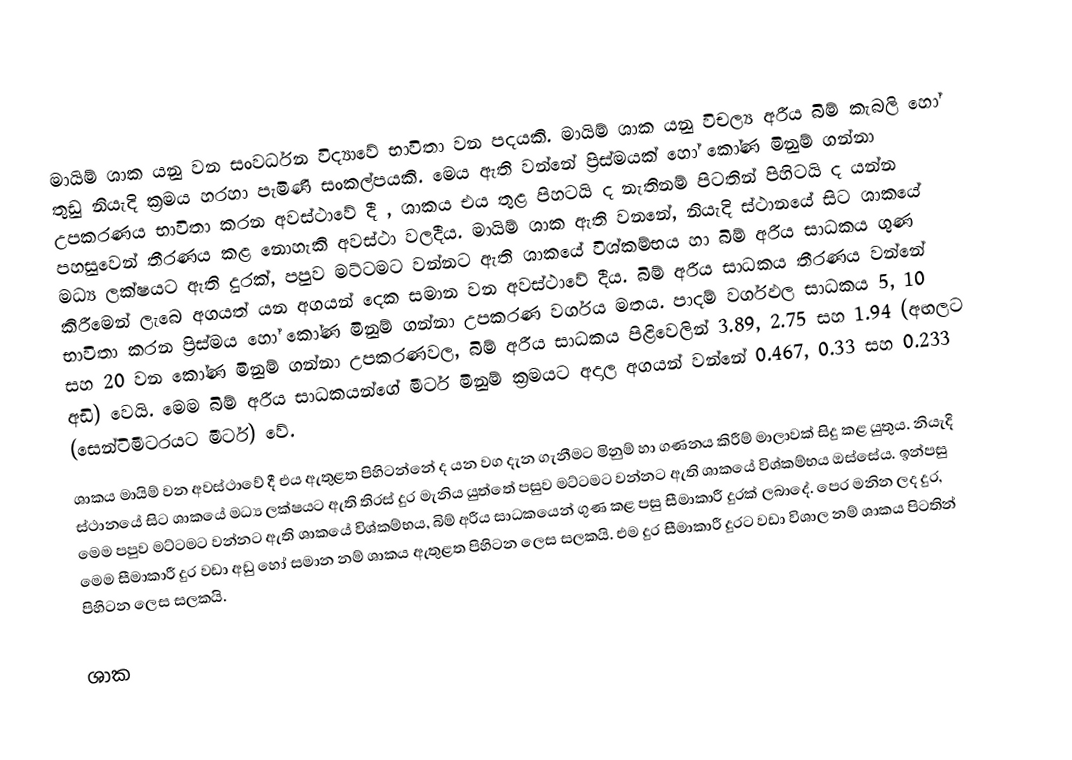
මායිම් ශාක යනු වන සංවර්ධන විද්‍යාවේ භාවිතා වන පදයකි. මායිම් ශාක යනු විචල්‍ය අරීය බිම් කැබලි හෝ තුඩු නියැදි ක්‍රමය හරහා පැමිණි සංකල්පයකි. මෙය ඇති වන්නේ ප්‍රිස්මයක් හෝ කෝණ මිනුම් ගන්නා උපකරණය භාවිතා කරන අවස්ථාවේ දී , ශාකය එය තුළ පිහටයි ද නැතිනම් පිටතින් පිහිටයි ද යන්න පහසුවෙන් තීරණය කළ නොහැකි අවස්ථා වලදීය. මායිම් ශාක ඇති වනනේ, නියැදි ස්ථානයේ සිට ශාකයේ මධ්‍ය ලක්ෂයට ඇති දුරක්, පපුව මට්ට‍මට වන්නට ඇති ශාකයේ විශ්කම්භය හා බිම් අරීය සාධකය ගුණ කිරීමෙන් ලැබෙ අගයත් යන අගයන් දෙක සමාන වන අවස්ථාවේ දීය. බිම් අරීය සාධකය තීරණය වන්නේ භාවිතා කරන ප්‍රිස්මය හෝ කෝණ මිනුම් ගන්නා උපකරණ වර්ගය මතය. පාදම් වර්ගඵල සාධකය 5, 10 සහ 20 වන කෝණ මිනුම් ගන්නා උපකරණවල, බිම් අරීය සාධකය පිළිවෙලින් 3.89, 2.75 සහ 1.94 (අඟලට අඩි) වෙයි. මෙම බිම් අරීය සාධකයන්ගේ මීටර් මිනුම් ක්‍රමයට අදාල අගයන් වන්නේ 0.467, 0.33 සහ 0.233 (සෙන්ටිමීටරයට මීටර්) වේ.
ශාකය මායිම් වන අවස්ථාවේ දී එය ඇතුළත පිහිටන්නේ ද යන වග දැන ගැනීමට මිනුම් හා ගණනය කිරීම් මාලාවක් සිදු කළ යුතුය. නියැදි ස්ථානයේ සිට ශාකයේ මධ්‍ය ලක්ෂයට ඇති තිරස් දුර මැනිය යුත්තේ පසුව මට්ටමට වන්නට ඇති ශාකයේ විශ්කම්භය ඔස්සේය. ඉන්පසු මෙම පපුව මට්ටමට වන්නට ඇති ශාකයේ විශ්කම්භය, බිම් අරීය සාධකයෙන් ගුණ කළ පසු සීමාකාරී දුරක් ලබා‍දේ. පෙර මනින ලද දුර, මෙම සීමාකාරී දුර වඩා අඩු හෝ සමාන නම් ශාකය ඇතුළත පිහිටන ලෙස සලකයි. එම දුර සීමාකාරී දුරට වඩා විශාල නම් ශාකය පිටතින් පිහිටන ලෙස සලකයි.

ශාක